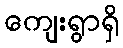
ကျေးရွာရှိ